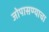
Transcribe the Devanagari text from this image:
जोपासण्याचा